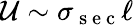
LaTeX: \mathcal{U}\sim\sigma_{\mathrm{~s~e~c~}}\ell